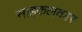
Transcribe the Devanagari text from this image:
साइकलकार